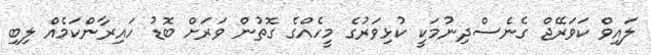
ލައިވް ކަވަރޭޖް ގެނެސްދިނުމަކީ ކުޅިވަރުގެ މީހެއްގެ ގޮތުން ވަރަށް ބޮޑު ހައިރާންކަމެއް ލިބި